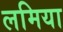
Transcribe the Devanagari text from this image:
लमिया